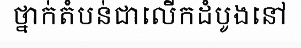
ថ្នាក់តំបន់ជាលើកដំបូងនៅ